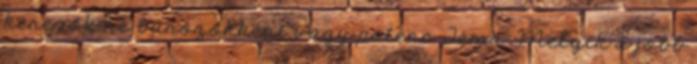
keresők ne bűnözőkként vagy potenc. Téma: Melyik a jobb